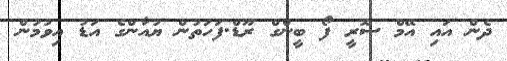
ދެން އައި އޭމް ސޮރީ ފޯ ބީންގް ރޫޑް.ފަހަތުން ޔުއާންގެ އަޑު އިވުމުން